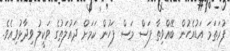
ފުރަތަމަ އަޑުއެހުން ބޭއްވިތާ ފަސް މަސް ފަހުން ކަމަށް ދައުލަތުގެ ވަކީލު ވިދާޅުވިއެވެ.